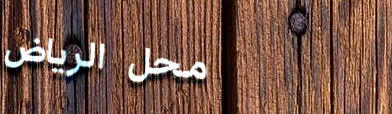
محل الرياض